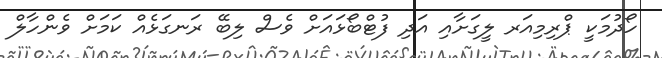
ހޯދުމަކީ ޕްރިމިއަރ ލީގަށާއި އަދި ފުޓްބޯޅައަށް ވެސް ލިބޭ ރަނގަޅެއް ކަމަށް ވެންހާލް